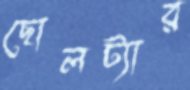
ছোলট্যার